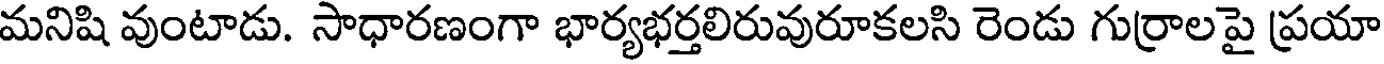
మనిషి వుంటాడు. సాధారణంగా భార్యభర్తలిరువురూకలసి రెండు గుర్రాలపై ప్రయా